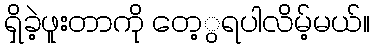
ရှိခဲ့ဖူးတာကို တေ့ွရပါလိမ့်မယ်။